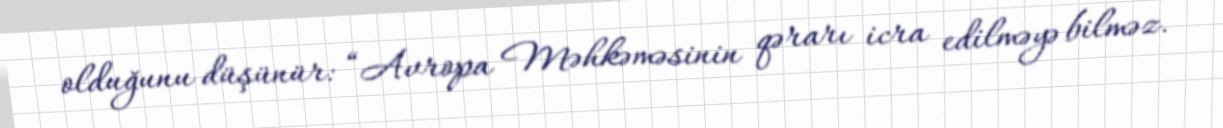
olduğunu düşünür: “Avropa Məhkəməsinin qərarı icra edilməyə bilməz.